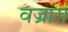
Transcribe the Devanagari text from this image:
वज्रास